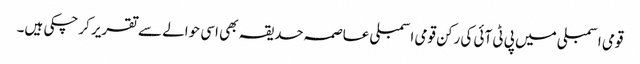
قومی اسمبلی میں پی ٹی آئی کی رکن قومی اسمبلی عاصمہ حدیقہ بھی اسی حوالے سے تقریر کرچکی ہیں۔